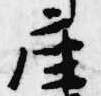
座